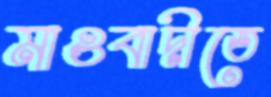
মাওবাদীতে